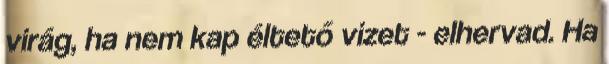
virág, ha nem kap éltető vizet - elhervad. Ha